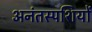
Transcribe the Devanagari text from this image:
अनंतस्पशियों